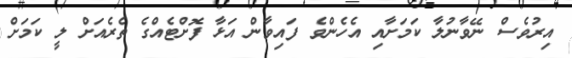
އިރުވެސް ނޭވާނުލާ ކަމަށާއި އެހެންވެ ފައިވާން އަޅާ ފޮށްޓެއްގެ ތެރެއަށް ލީ ކަމަށް